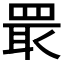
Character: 𱻂